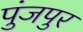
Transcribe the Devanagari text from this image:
पुंजपुर